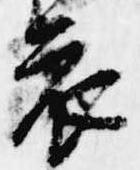
哀